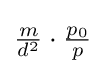
{\tfrac {m}{d^{2}}}\cdot {\tfrac {p_{0}}{p}}